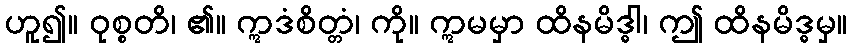
ဟူ၍။ ဝုစ္စတိ၊ ၏။ ဣဒံစိတ္တံ၊ ကို။ ဣမမှာ ထိနမိဒ္ဓါ၊ ဤ ထိနမိဒ္ဓမှ။